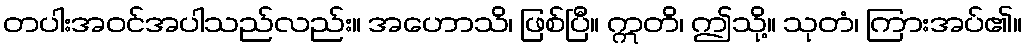
တပါးအဝင်အပါသည်လည်း။ အဟောသိ၊ ဖြစ်ပြီ။ ဣတိ၊ ဤသို့။ သုတံ၊ ကြားအပ်၏။